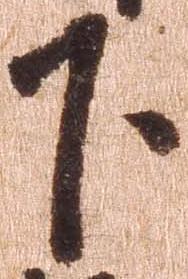
下